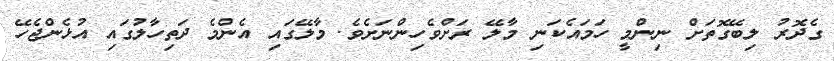
ގެދޮރު ލިބޭގޮތަށް ނިންމީ ހަމައެކަނި މާލޭ ރަށްވެހިންނަށެވެ. މާލޭގައި އެންމެ ދަތިހާލުގައި އުޅެންޖެހޭ